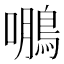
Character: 𮬹